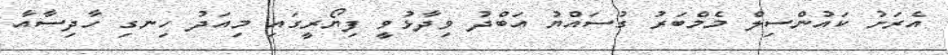
އެރަށު ކައުންސިލް މެމްބަރު ގުސައްޔު އަބްދު ވިދާޅުވީ ފިޔޯރީގައި މިއަދު ހިނގި ހާދިސާއާ